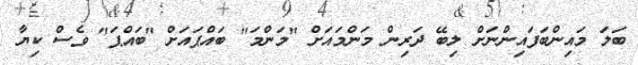
ބަލަ މައިންބަފައިންނަށް ލިބޭ ދަރިން މަންމައަށް "މަންމަ" ބައްޕައަށް "ބައްޕަ" ވެސް ކިޔާ